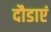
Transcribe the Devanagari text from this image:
दौडाएं